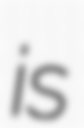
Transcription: is